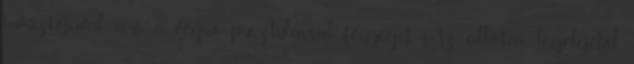
inváziójával, ami a végső pusztulással fenyeget. Az alkotás legelejétől